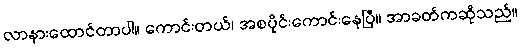
လာနားထောင်တာပါ။ ကောင်းတယ်၊ အစပိုင်းကောင်းနေပြီ။ အာခတ်ကဆိုသည်။